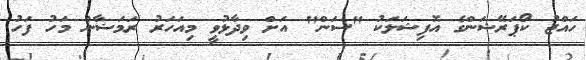
ހައްޖު ކޯޕަރޭޝަންގެ އޮފިޝަލަކު "ސަން" އަށް ވިދާޅުވީ މިއަހަރު ރަމަޟާން މަހު ފަހު